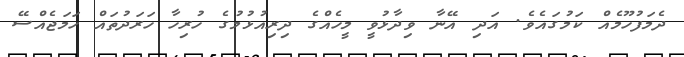
ދެމަފުހޫމެއް ކަމުގައެވެ. އަދި އޭނާ ވިދާޅުވީ މީހެއްގެ ދިރިއުޅުމުގެ ހުރިހާ ހަރަދުތައް ހަމަޖެއްސޭ